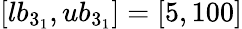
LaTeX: [lb_{3_{1}},ub_{3_{1}}]=[5,100]